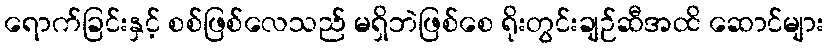
ရောက်ခြင်းနှင့် စစ်ဖြစ်လေသည် မရှိဘဲဖြစ်စေ ရိုးတွင်းချဉ်ဆီအထိ ဆောင်များ